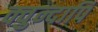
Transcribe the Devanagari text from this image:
क्वुन्दापि